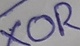
Text: XOR